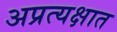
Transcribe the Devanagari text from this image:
अप्रत्यक्षात